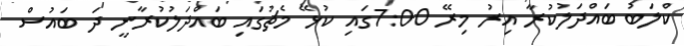
ކްލަބު ބައްދަލުކުރާ އިރު މިރޭ 7:00ގައި ކުޅޭ މެޗުގައި ބައްދަލުކުރާނީ ދަ ބައުސް